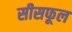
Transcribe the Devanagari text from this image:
सीसफूल